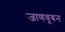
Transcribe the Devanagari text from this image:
जाणवूबन